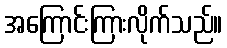
အကြောင်းကြားလိုက်သည်။